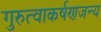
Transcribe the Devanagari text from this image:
गुरुत्वाकर्षणजन्य